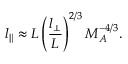
l _ { \| } \approx L \left( \frac { l _ { \bot } } { L } \right) ^ { 2 / 3 } M _ { A } ^ { - 4 / 3 } .